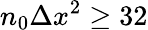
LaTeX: n_{0}\Delta x^{2}\geq 32